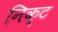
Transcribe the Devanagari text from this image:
निक्ट